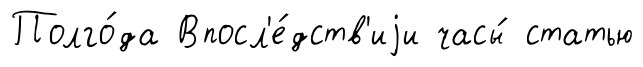
Полго́да Впосл'е́дств'иjи часы́ статью